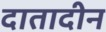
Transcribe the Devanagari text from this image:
दातादीन